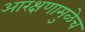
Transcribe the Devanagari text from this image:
आरक्षणामुळेच